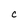
Character: c